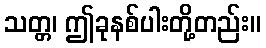
သတ္တ၊ ဤခုနစ်ပါးတို့တည်း။